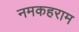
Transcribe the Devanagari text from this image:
नमकहराम